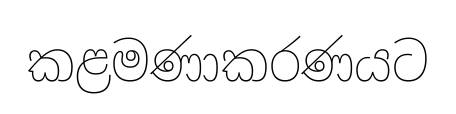
කළමණාකරණයට